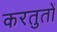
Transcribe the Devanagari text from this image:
करतुतों